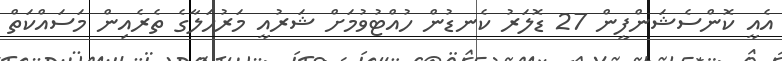
އެއީ ކޮންސެޝަންފީން 27 ޑޮލަރު ކެނޑުން ހުއްޓުވުމަށް ޝަރުއީ މަރުހަލާގެ ތެރެއިން މަސައްކަތް